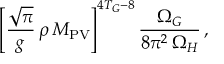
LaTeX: \left[ \frac { \sqrt { \pi } } { g } \, \rho \, M _ { \mathrm { P V } } \right] ^ { 4 T _ { G } - 8 } \frac { \Omega _ { G } } { 8 \pi ^ { 2 } \, \Omega _ { H } } \, ,